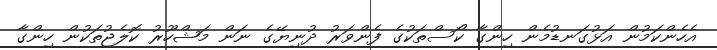
އެހެންކަމުން އަޅުގަނޑުމެން ހިންގާ ކޯސްތަކުގެ ފެންވަރު ދުނިޔޭގެ ނަން މަޝްހޫރު ކޮލެޖުތަކުން ހިންގާ